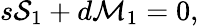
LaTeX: s{\cal S}_{1}+d{\cal M}_{1}=0,